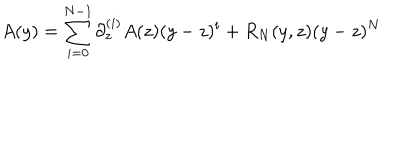
A ( y ) = \sum _ { i = 0 } ^ { N - 1 } \partial _ { z } ^ { ( i ) } A ( z ) ( y - z ) ^ { i } + R _ { N } ( y , z ) ( y - z ) ^ { N }